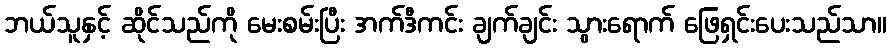
ဘယ်သူနှင့် ဆိုင်သည်ကို မေးစမ်းပြီး အက်ဒီကင်း ချက်ချင်း သွားရောက် ဖြေရှင်းပေးသည်သာ။